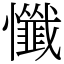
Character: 懺